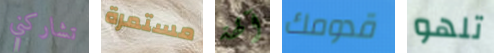
تشاركني مستمرة آلهة قدومك تلهو